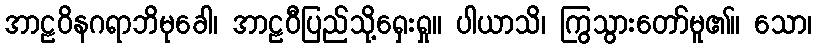
အာဠဝိနဂရာဘိမုခေါ၊ အာဠဝီပြည်သို့ရှေးရှု။ ပါယာသိ၊ ကြွသွားတော်မူ၏။ သော၊